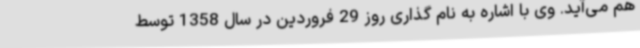
هم می‌آید. وی با اشاره به نام گذاری روز 29 فروردین در سال 1358 توسط